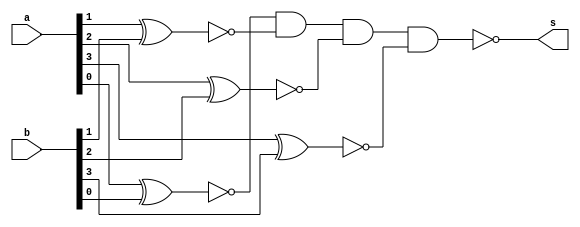
//-----------------------------------------------------
//Exemplo0036 - igualdade ou diferena para 4 bits
// Nome: Julio Machado
// Matrcula: 435666
//------------------------------------------------------

module funcao(output s,input [3:0]a, input[3:0]b);
	wire [3:0]aux;
	xnor xnor1(aux[0],a[0],b[0]);
	xnor xnor2(aux[1],a[1],b[1]);
	xnor xnor3(aux[2],a[2],b[2]);
	xnor xnor4(aux[3],a[3],b[3]);
	nand nand1(s,aux[0],aux[1],aux[2],aux[3]);
endmodule //funcao

module principal;
	//definir dados--------------
	reg [3:0]x, y;
	wire s;
	//-------------------------
	
	//instancia
	funcao funcao1(s,x,y);
	
	initial begin: start
		x = 4'b0000;
		y = 4'b1111;
	end
	
	initial begin: main
		$display("Exemplo0033 - Julio Machado - 435666");
		$display("LU's test - seleo entre operaes or/and - nor/nand");
		$display("key: (0) - equals / (1) - different");
		$display("x \ty = s");
		$monitor("%4b \t%4b = %b",x,y,s);
		#1 x = 4'b0001; y = 4'b1110;
		#1 x = 4'b0010; y = 4'b1101;
		#1 x = 4'b0011; y = 4'b1100;
		#1 x = 4'b0100; y = 4'b1011;
		#1 x = 4'b0101; y = 4'b0101;
		#1 x = 4'b1010; y = 4'b1010;
		
	end
endmodule //principal